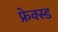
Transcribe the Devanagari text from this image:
फ्रेक्स्ड